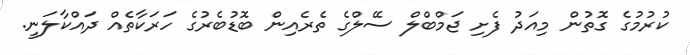
ކުރުމުގެ ގޮތުން މިއަދު ފެށި ޖަމްބްލް ސޭލްގެ ތެރެއިން ބޮޑުބެރުގެ ހަރަކާތެއް ދައްކާލަނީ.